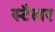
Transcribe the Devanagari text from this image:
स्टैलर